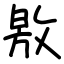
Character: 敫